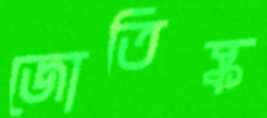
জোতিষ্ক